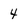
Character: 4